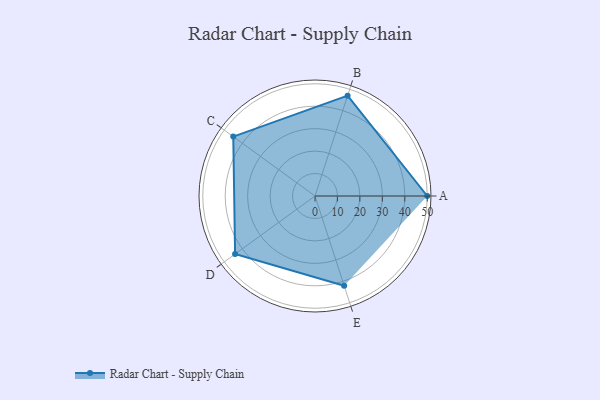
{"axis": {"x": "Skill", "y": "Score"}, "legend": ["Profile"], "data": [{"x": "A", "y": 50.0, "type": "Profile"}, {"x": "B", "y": 47.0, "type": "Profile"}, {"x": "C", "y": 45.0, "type": "Profile"}, {"x": "D", "y": 44.0, "type": "Profile"}, {"x": "E", "y": 42.0, "type": "Profile"}]}